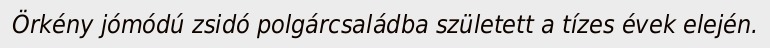
Örkény jómódú zsidó polgárcsaládba született a tízes évek elején.